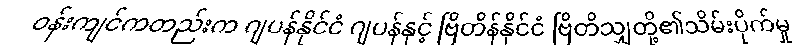
ဝန်းကျင်ကတည်းက ဂျပန်နိုင်ငံ ဂျပန်နှင့် ဗြိတိန်နိုင်ငံ ဗြိတိသျှတို့၏သိမ်းပိုက်မှု